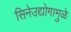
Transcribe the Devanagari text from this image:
सिनेउद्योगामुळे